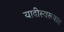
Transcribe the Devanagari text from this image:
यादीस्वरूपात